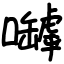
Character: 嚹